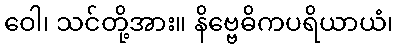
ဝေါ၊ သင်တို့အား။ နိဗ္ဗေဓိကပရိယာယံ၊